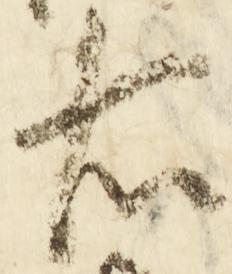
右